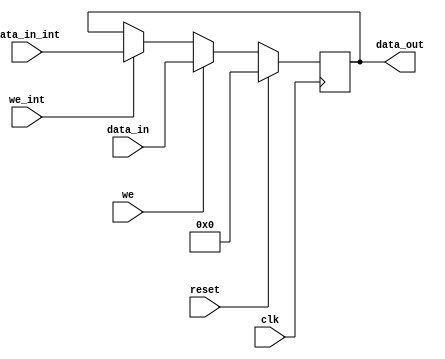
// -- (c) Copyright 2013 Xilinx, Inc. All rights reserved. 
// --                                                             
// -- This file contains confidential and proprietary information 
// -- of Xilinx, Inc. and is protected under U.S. and             
// -- international copyright and other intellectual property     
// -- laws.                                                       
// --                                                             
// -- DISCLAIMER                                                  
// -- This disclaimer is not a license and does not grant any     
// -- rights to the materials distributed herewith. Except as     
// -- otherwise provided in a valid license issued to you by      
// -- Xilinx, and to the maximum extent permitted by applicable   
// -- law: (1) THESE MATERIALS ARE MADE AVAILABLE "AS IS" AND     
// -- WITH ALL FAULTS, AND XILINX HEREBY DISCLAIMS ALL WARRANTIES 
// -- AND CONDITIONS, EXPRESS, IMPLIED, OR STATUTORY, INCLUDING   
// -- BUT NOT LIMITED TO WARRANTIES OF MERCHANTABILITY, NON-      
// -- INFRINGEMENT, OR FITNESS FOR ANY PARTICULAR PURPOSE; and    
// -- (2) Xilinx shall not be liable (whether in contract or tort,
// -- including negligence, or under any other theory of          
// -- liability) for any loss or damage of any kind or nature     
// -- related to, arising under or in connection with these       
// -- materials, including for any direct, or any indirect,       
// -- special, incidental, or consequential loss or damage        
// -- (including loss of data, profits, goodwill, or any type of  
// -- loss or damage suffered as a result of any action brought   
// -- by a third party) even if such damage or loss was           
// -- reasonably foreseeable or Xilinx had been advised of the    
// -- possibility of the same.                                    
// --                                                             
// -- CRITICAL APPLICATIONS                                       
// -- Xilinx products are not designed or intended to be fail-    
// -- safe, or for use in any application requiring fail-safe     
// -- performance, such as life-support or safety devices or      
// -- systems, Class III medical devices, nuclear facilities,     
// -- applications related to the deployment of airbags, or any   
// -- other applications that could lead to death, personal       
// -- injury, or severe property or environmental damage          
// -- (individually and collectively, "Critical                   
// -- Applications"). Customer assumes the sole risk and          
// -- liability of any use of Xilinx products in Critical         
// -- Applications, subject only to applicable laws and           
// -- regulations governing limitations on product liability.     
// --                                                             
// -- THIS COPYRIGHT NOTICE AND DISCLAIMER MUST BE RETAINED AS    
// -- PART OF THIS FILE AT ALL TIMES.                             
// --  
///////////////////////////////////////////////////////////////////////////////
//
//
// Description: 
// This is just a general register.  It has two write enables and two data ins 
// to simplify the operation.  Typically one write enable (we) comes from the 
// external interface and the second write enable is used for internal writing
// to the register. A mask parameter is used to only write to the bits that
// are used in the register.
//
// Specifications:
//
// Structure:
// axi_ctrl_top
//   axi_ctrl_write
//     axi_ctrl_addr_decode
//   axi_ctrl_read
//     axi_ctrl_addr_decode
//   axi_ctrl_reg_bank
//     axi_ctrl_reg
//
///////////////////////////////////////////////////////////////////////////////
`timescale 1ps/1ps
`default_nettype none

module mig_7series_v1_9_axi_ctrl_reg #
(
///////////////////////////////////////////////////////////////////////////////
// Parameter Definitions
///////////////////////////////////////////////////////////////////////////////
  parameter integer C_REG_WIDTH         = 32,
  parameter integer C_DATA_WIDTH        = 32,
  parameter         C_INIT              = 32'h0,
  parameter         C_MASK              = 32'h1
)
(
///////////////////////////////////////////////////////////////////////////////
// Port Declarations     
///////////////////////////////////////////////////////////////////////////////
  input  wire                               clk         , 
  input  wire                               reset       , 
  input  wire [C_REG_WIDTH-1:0]             data_in     , 
  input  wire                               we          , 
  input  wire                               we_int      , 
  input  wire [C_REG_WIDTH-1:0]             data_in_int , 
  output wire [C_DATA_WIDTH-1:0]            data_out
);
////////////////////////////////////////////////////////////////////////////////
// Functions
////////////////////////////////////////////////////////////////////////////////

////////////////////////////////////////////////////////////////////////////////
// Local parameters
////////////////////////////////////////////////////////////////////////////////

////////////////////////////////////////////////////////////////////////////////
// Wires/Reg declarations
////////////////////////////////////////////////////////////////////////////////
reg [C_REG_WIDTH-1:0] data;

////////////////////////////////////////////////////////////////////////////////
// BEGIN RTL
///////////////////////////////////////////////////////////////////////////////
always @(posedge clk) begin
  if (reset) begin
    data <= C_INIT[0+:C_REG_WIDTH];
  end
  else if (we) begin
    data <= data_in;
  end
  else if (we_int) begin
    data <= data_in_int;
  end
  else begin
    data <= data;
  end
end

// Does not supprot case where P_MASK_LSB > 0
generate 
  if (C_REG_WIDTH == C_DATA_WIDTH) begin : assign_no_zero_pad
    assign data_out = data;
  end
  else begin : assign_zero_pad
    assign data_out = {{C_DATA_WIDTH-C_REG_WIDTH{1'b0}}, data};
  end
endgenerate

endmodule

`default_nettype wire